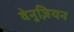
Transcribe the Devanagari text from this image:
वेनुज़ियन